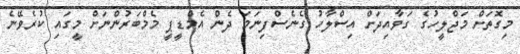
މިގޮތަށް މަޖްލީހުގެ ގަވާއިދަށް އިސްލާހު ގެނެސްފިނަމަ ދެން އެމްޑީޕީ މެމްބަރުންނަށް މީގައި ކުރެވޭނެ